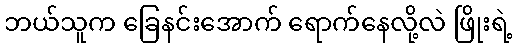
ဘယ်သူက ခြေနင်းအောက် ရောက်နေလို့လဲ ဖြိုးရဲ့